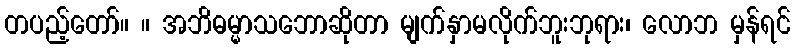
တပည့်တော်။ ။ အဘိဓမ္မာသဘောဆိုတာ မျက်နှာမလိုက်ဘူးဘုရား၊ လောဘ မှန်ရင်